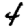
Digit: 4